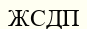
ЖСДП